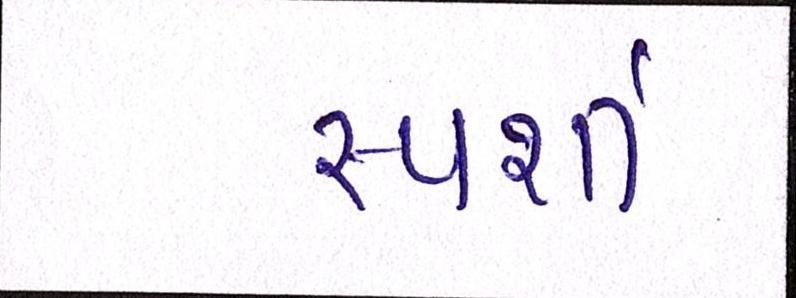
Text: સ્પર્શી